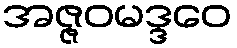
အဇ္ဇဝမဒ္ဒဝေ